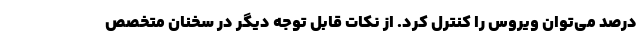
درصد می‌توان ویروس را کنترل کرد. از نکات قابل توجه دیگر در سخنان متخصص